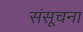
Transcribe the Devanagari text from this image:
संसूचना